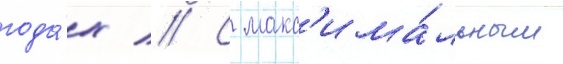
года́х // С макс'има́льным